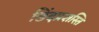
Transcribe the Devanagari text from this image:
छिंदप्रशस्ति